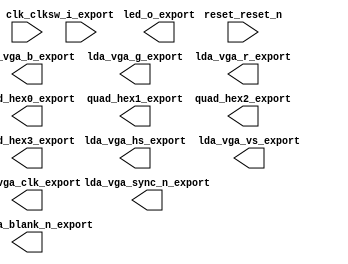

module processor (
	clk_clk,
	lda_vga_b_export,
	lda_vga_blank_n_export,
	lda_vga_clk_export,
	lda_vga_g_export,
	lda_vga_hs_export,
	lda_vga_r_export,
	lda_vga_sync_n_export,
	lda_vga_vs_export,
	led_o_export,
	quad_hex0_export,
	quad_hex1_export,
	quad_hex2_export,
	quad_hex3_export,
	reset_reset_n,
	sw_i_export);	

	input		clk_clk;
	output	[7:0]	lda_vga_b_export;
	output		lda_vga_blank_n_export;
	output		lda_vga_clk_export;
	output	[7:0]	lda_vga_g_export;
	output		lda_vga_hs_export;
	output	[7:0]	lda_vga_r_export;
	output		lda_vga_sync_n_export;
	output		lda_vga_vs_export;
	output	[9:0]	led_o_export;
	output	[6:0]	quad_hex0_export;
	output	[6:0]	quad_hex1_export;
	output	[6:0]	quad_hex2_export;
	output	[6:0]	quad_hex3_export;
	input		reset_reset_n;
	input	[9:0]	sw_i_export;
endmodule